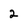
Character: 2